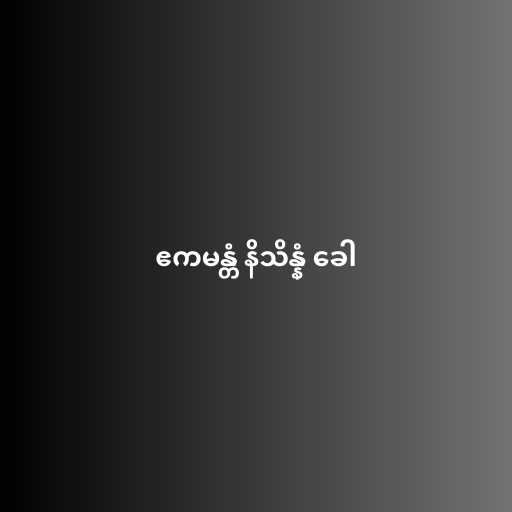
ဧကမန္တံ နိသိန္နံ ခေါ